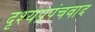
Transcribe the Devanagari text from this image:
दृश्यप्रपंचवाद